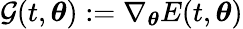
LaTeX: \mathcal{G}(t,{\boldsymbol{\theta}}):=\nabla_{\boldsymbol{\theta}}E(t,{\boldsymbol{\theta}})